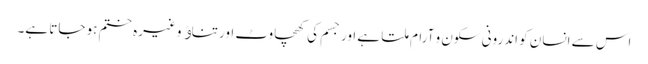
اس سے انسان کو اندرونی سکون و آرام ملتا ہے اور جسم کی کھچاوٹ اور تناﺅ وغیرہ ختم ہو جاتا ہے۔